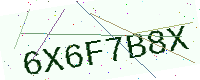
Text: 6X6F7B8X